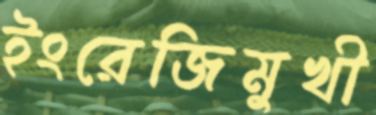
ইংরেজিমুখী